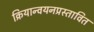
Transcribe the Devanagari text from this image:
क्रियान्वयनप्रस्तावित